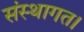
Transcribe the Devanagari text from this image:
संस्थागत।